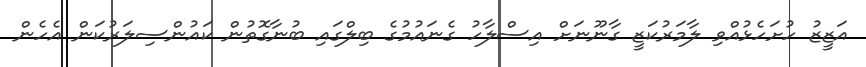
އަޒީޒު ހުށަހެޅުއްވި ލާމަރުކަޒީ ގާނޫނަށް އިސްލާހު ގެނައުމުގެ ބިލްގައި ބުނާގޮތުން ކައުންސިލަރުކަން އެހެން